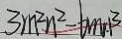
3 m ^ { 2 } n ^ { 2 } - 6 m , n ^ { 3 }